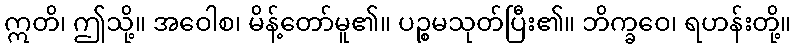
ဣတိ၊ ဤသို့။ အဝေါစ၊ မိန့်တော်မူ၏။ ပဉ္စမသုတ်ပြီး၏။ ဘိက္ခဝေ၊ ရဟန်းတို့။